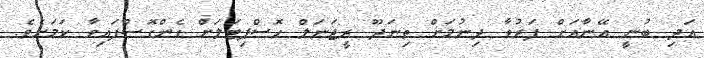
އަދި ބުނީ އޭނާއަށް ފަރުވާ ދިނުމަށް ތިނަދޫ ރީޖަނަލް ހޮސްޕިޓަލަށް ގެންގޮސްފައިވާ ކަމަށެވެ.